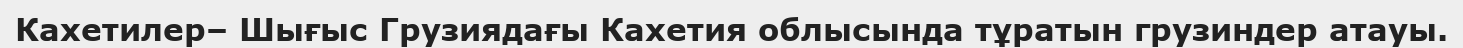
Кахетилер– Шығыс Грузиядағы Кахетия облысында тұратын грузиндер атауы.